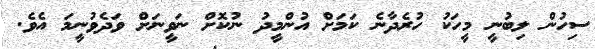
ސިހުން ލިބުނީ މީހަކު ހުރެދާނެ ކަމަށް އުންމީދު ނުކޮށް ނަވީނަށް ވަދެވުނީމަ އެވެ.